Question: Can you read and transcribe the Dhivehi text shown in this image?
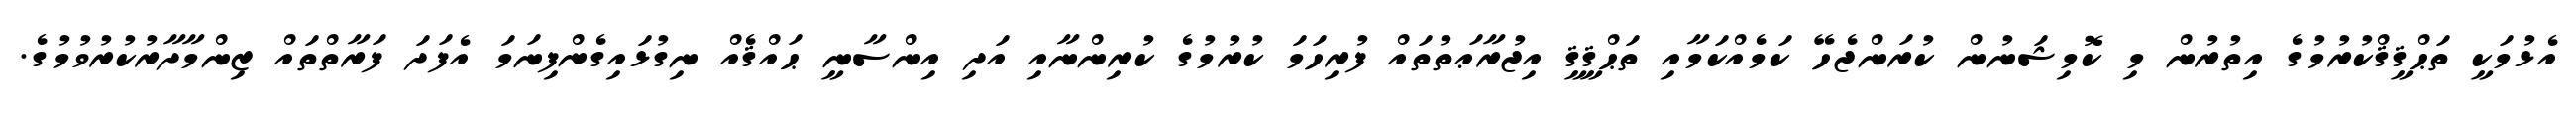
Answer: އެޅުމަކީ ތަޙްޤީޤްކުރުމުގެ އިތުރުން މި ކޮމިޝަނުން ކުރަންޖެހޭ ކަމެއްކަމާއި ތަޙްޤީޤީ އިޖުރާޢަތުތައް ފުރިހަމަ ކުރުމުގެ ކުރިންނާއި އަދި އިންސާނީ ޙައްޤެއް ނިގުޅައިގެންފިނަމަ އެފަދަ ފަރާތްތައް ޒިންމާދާރުކުރުވުމުގެ.